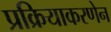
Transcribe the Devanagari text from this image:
प्रक्रियाकरणेन